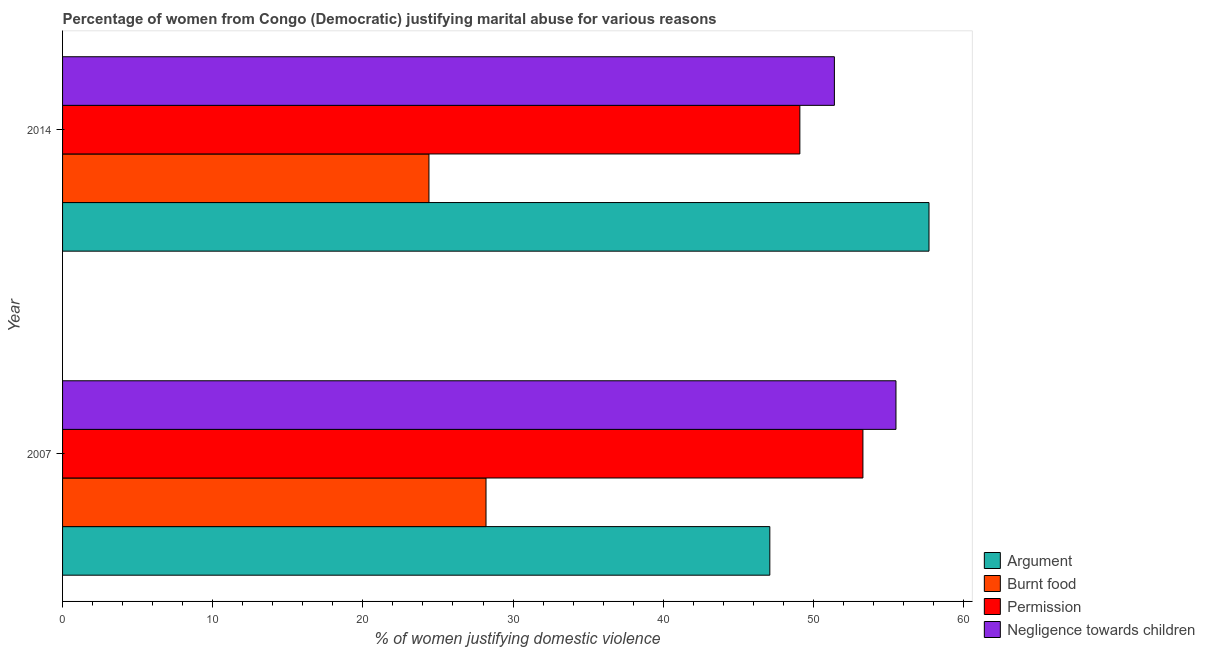
| Year | Argument | Burnt food | Permission | Negligence towards children |
 | --- | --- | --- | --- | --- |
 | 2007 | 47.1 | 28.2 | 53.3 | 55.5 |
 | 2014 | 57.7 | 24.4 | 49.1 | 51.4 |